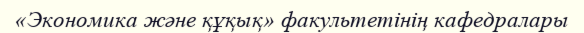
«Экономика және құқық» факультетінің кафедралары